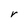
Character: r